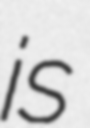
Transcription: is